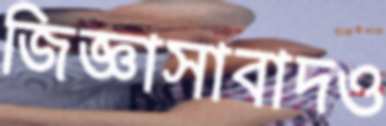
জিজ্ঞাসাবাদও